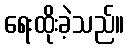
ရေးထိုးခဲ့သည်။